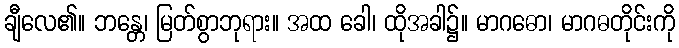
ချီလေ၏။ ဘန္တေ၊ မြတ်စွာဘုရား။ အထ ခေါ၊ ထိုအခါ၌။ မာဂဓော၊ မာဂဓတိုင်းကို